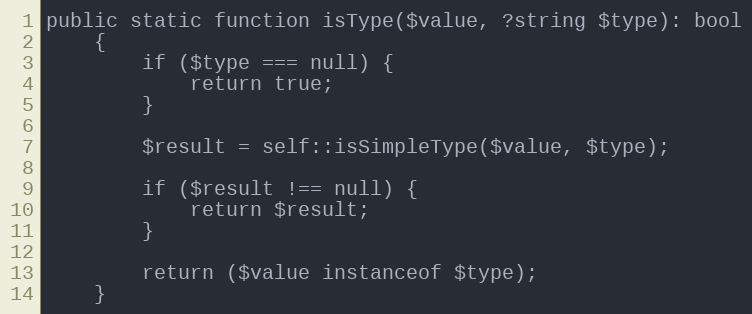
Language: PHP
public static function isType($value, ?string $type): bool
    {
        if ($type === null) {
            return true;
        }

        $result = self::isSimpleType($value, $type);

        if ($result !== null) {
            return $result;
        }

        return ($value instanceof $type);
    }